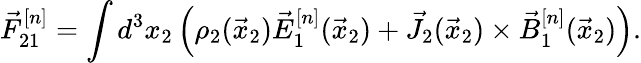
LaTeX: \vec{F}_{21}^{[n]}=\int d^{3}x_{2}\left(\rho_{2}(\vec{x}_{2})\vec{E}_{1}^{[n]}(\vec{x}_{2})+\vec{J}_{2}(\vec{x}_{2})\times\vec{B}_{1}^{[n]}(\vec{x}_{2})\right).